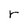
Character: r